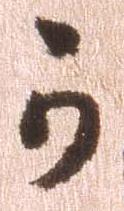
可